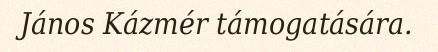
János Kázmér támogatására.